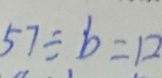
5 7 \div b = 1 2